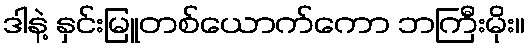
ဒါနဲ့ နှင်းမြူတစ်ယောက်ကော ဘကြီးမိုး။